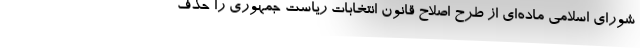
شورای اسلامی ماده‌ای از طرح اصلاح قانون انتخابات ریاست جمهوری را حذف